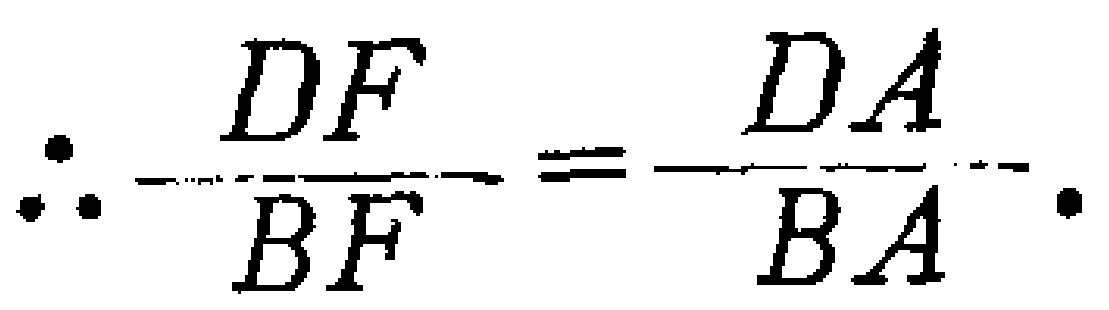
\(\therefore\frac{DF}{BF}=\frac{DA}{BA}.\)